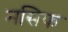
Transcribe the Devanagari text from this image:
मसिफ